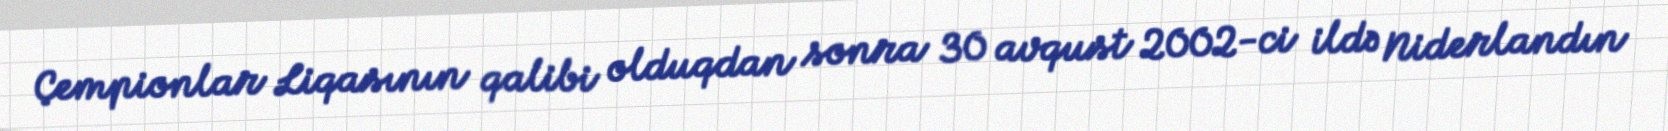
Çempionlar Liqasının qalibi olduqdan sonra 30 avqust 2002-ci ildə Niderlandın